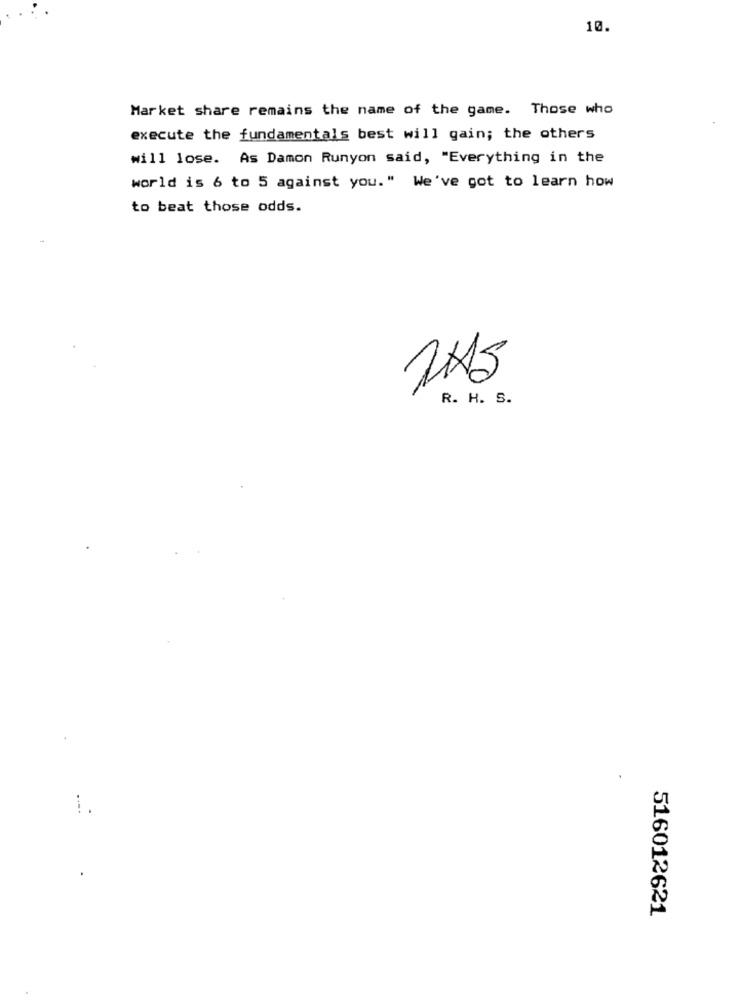
10.
Market share remains the name of the game. Those who
execute the fundamentals best will gain; the others
will lose. As Damon Runyon said, "Everything in the
world is 6 to 5 against you." We've got to learn how
to beat those odds.
R. H. S.
516012621